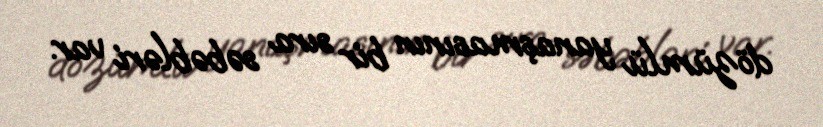
dözümlü yanaşmasının bir sıra səbəbləri var.